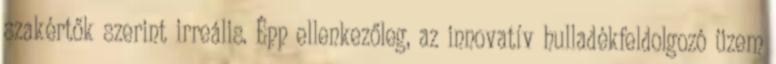
szakértők szerint irreális. Épp ellenkezőleg, az innovatív hulladékfeldolgozó üzem